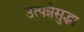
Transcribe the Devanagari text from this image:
उत्पन्नेसुद्धा